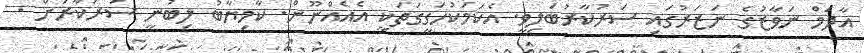
އާދަމް ނަވާޒުގެ ނަޒަރުގައި ސަރުކާރުބަލިވީ. އެކަމަކުހަގީގަތަކީ އެއެއްނޫން. ކާމިޔާބު ލިބުނީ ސަރުކާރަށް .